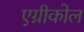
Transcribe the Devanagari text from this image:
एग्रीकोल